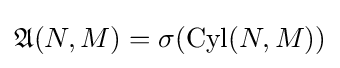
{\mathfrak {A}}(N,M)=\sigma (\operatorname {Cyl} (N,M))